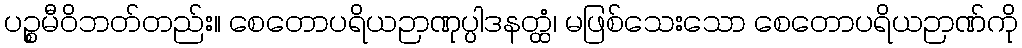
ပဉ္စမီဝိဘတ်တည်း။ စေတောပရိယဉာဏုပ္ပါဒနတ္ထံ၊ မဖြစ်သေးသော စေတောပရိယဉာဏ်ကို